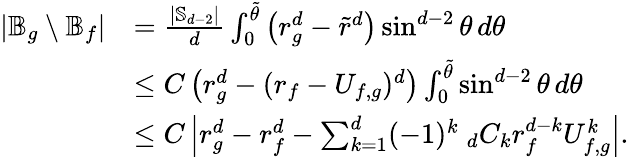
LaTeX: \begin{array}{rl}{|\mathbb{B}_{g}\setminus\mathbb{B}_{f}|}&{=\frac{|\mathbb{S}_{d-2}|}{d}\int_{0}^{\tilde{\theta}}\left(r_{g}^{d}-\tilde{r}^{d}\right)\sin^{d-2}\theta\, d\theta}\\ &{\le C\left(r_{g}^{d}-(r_{f}-U_{f,g})^{d}\right)\int_{0}^{\tilde{\theta}}\sin^{d-2}\theta\, d\theta}\\ &{\le C\left|r_{g}^{d}-r_{f}^{d}-\sum_{k=1}^{d}(-1)^{k}\ _{d}C_{k}r_{f}^{d-k}U_{f,g}^{k}\right|.}\end{array}